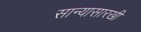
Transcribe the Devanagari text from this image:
सान्यासारखी